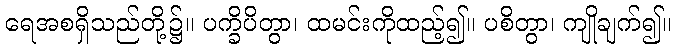
ရေအစရှိသည်တို့၌။ ပက္ခိပိတွာ၊ ထမင်းကိုထည့်၍။ ပစိတွာ၊ ကျိုချက်၍။